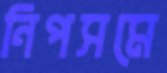
নিপসমে